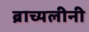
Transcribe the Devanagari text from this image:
ब्राच्यलीनी